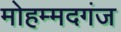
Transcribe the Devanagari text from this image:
मोहम्मदगंज